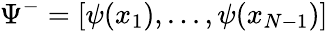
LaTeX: \Psi^{-}=[\psi(x_{1}),...,\psi(x_{N-1})]